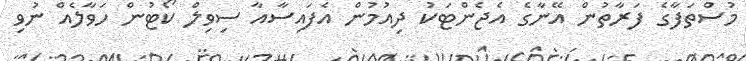
މުސްތަފާގެ ފަރާތުން އޭނާގެ އެޖެންޓަކު ދިއުމުން އެފައިސާއާ ސިވިލް ކޯޓުން ހަވާލެއް ނުވި